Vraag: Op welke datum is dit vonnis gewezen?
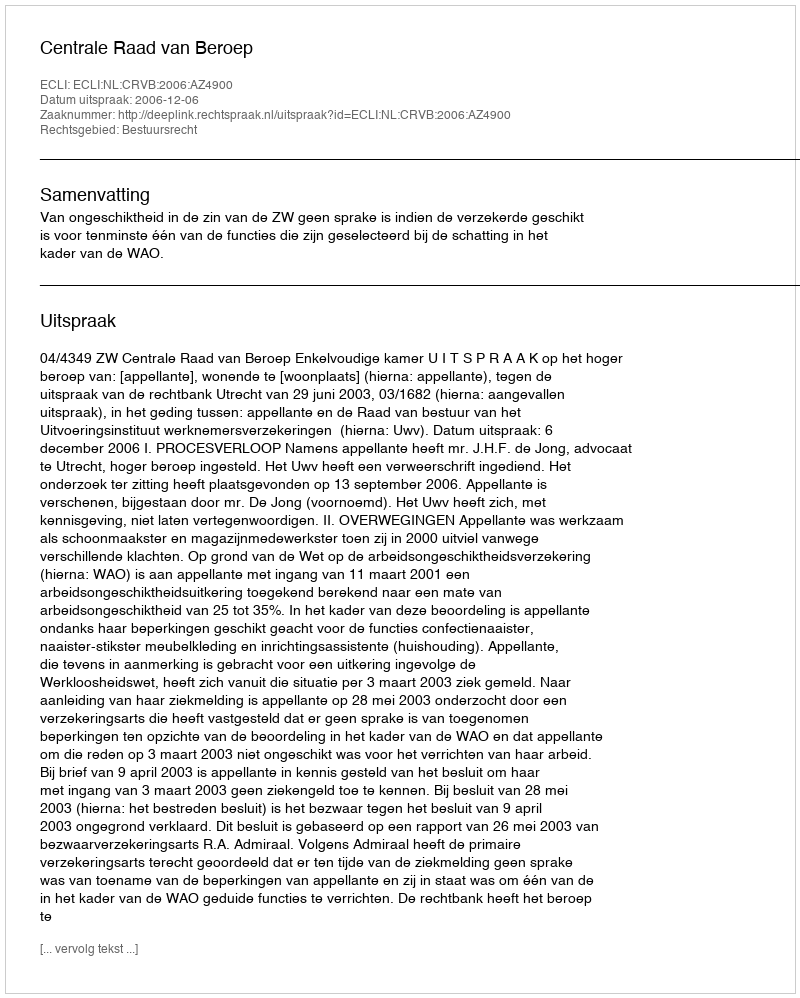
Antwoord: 2006-12-06